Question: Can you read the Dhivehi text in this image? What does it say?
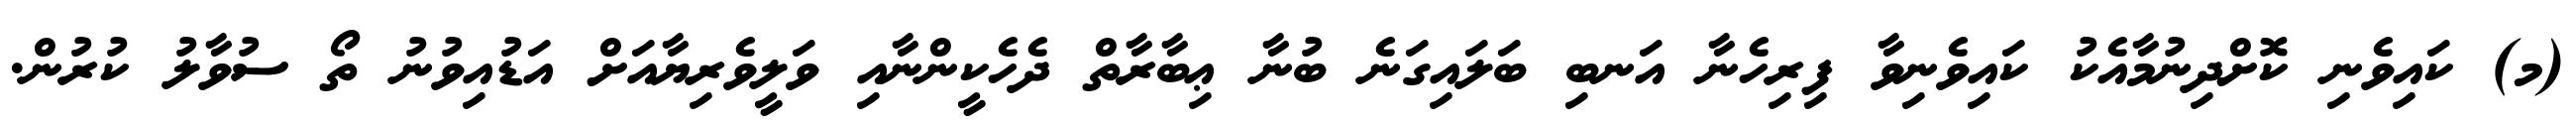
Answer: (މ) ކައިވެނި ކޮށްދިނުމާއެކު ކައިވެނިވާ ފިރިހެނާ އަނބި ބަލައިގަނެ ބުނާ ޢިބާރާތް ދެހެކީންނާއި ވަލީވެރިޔާއަށް އަޑުއިވުނު ތޯ ސުވާލު ކުރުން.